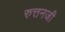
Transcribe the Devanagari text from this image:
रुत्तनजी